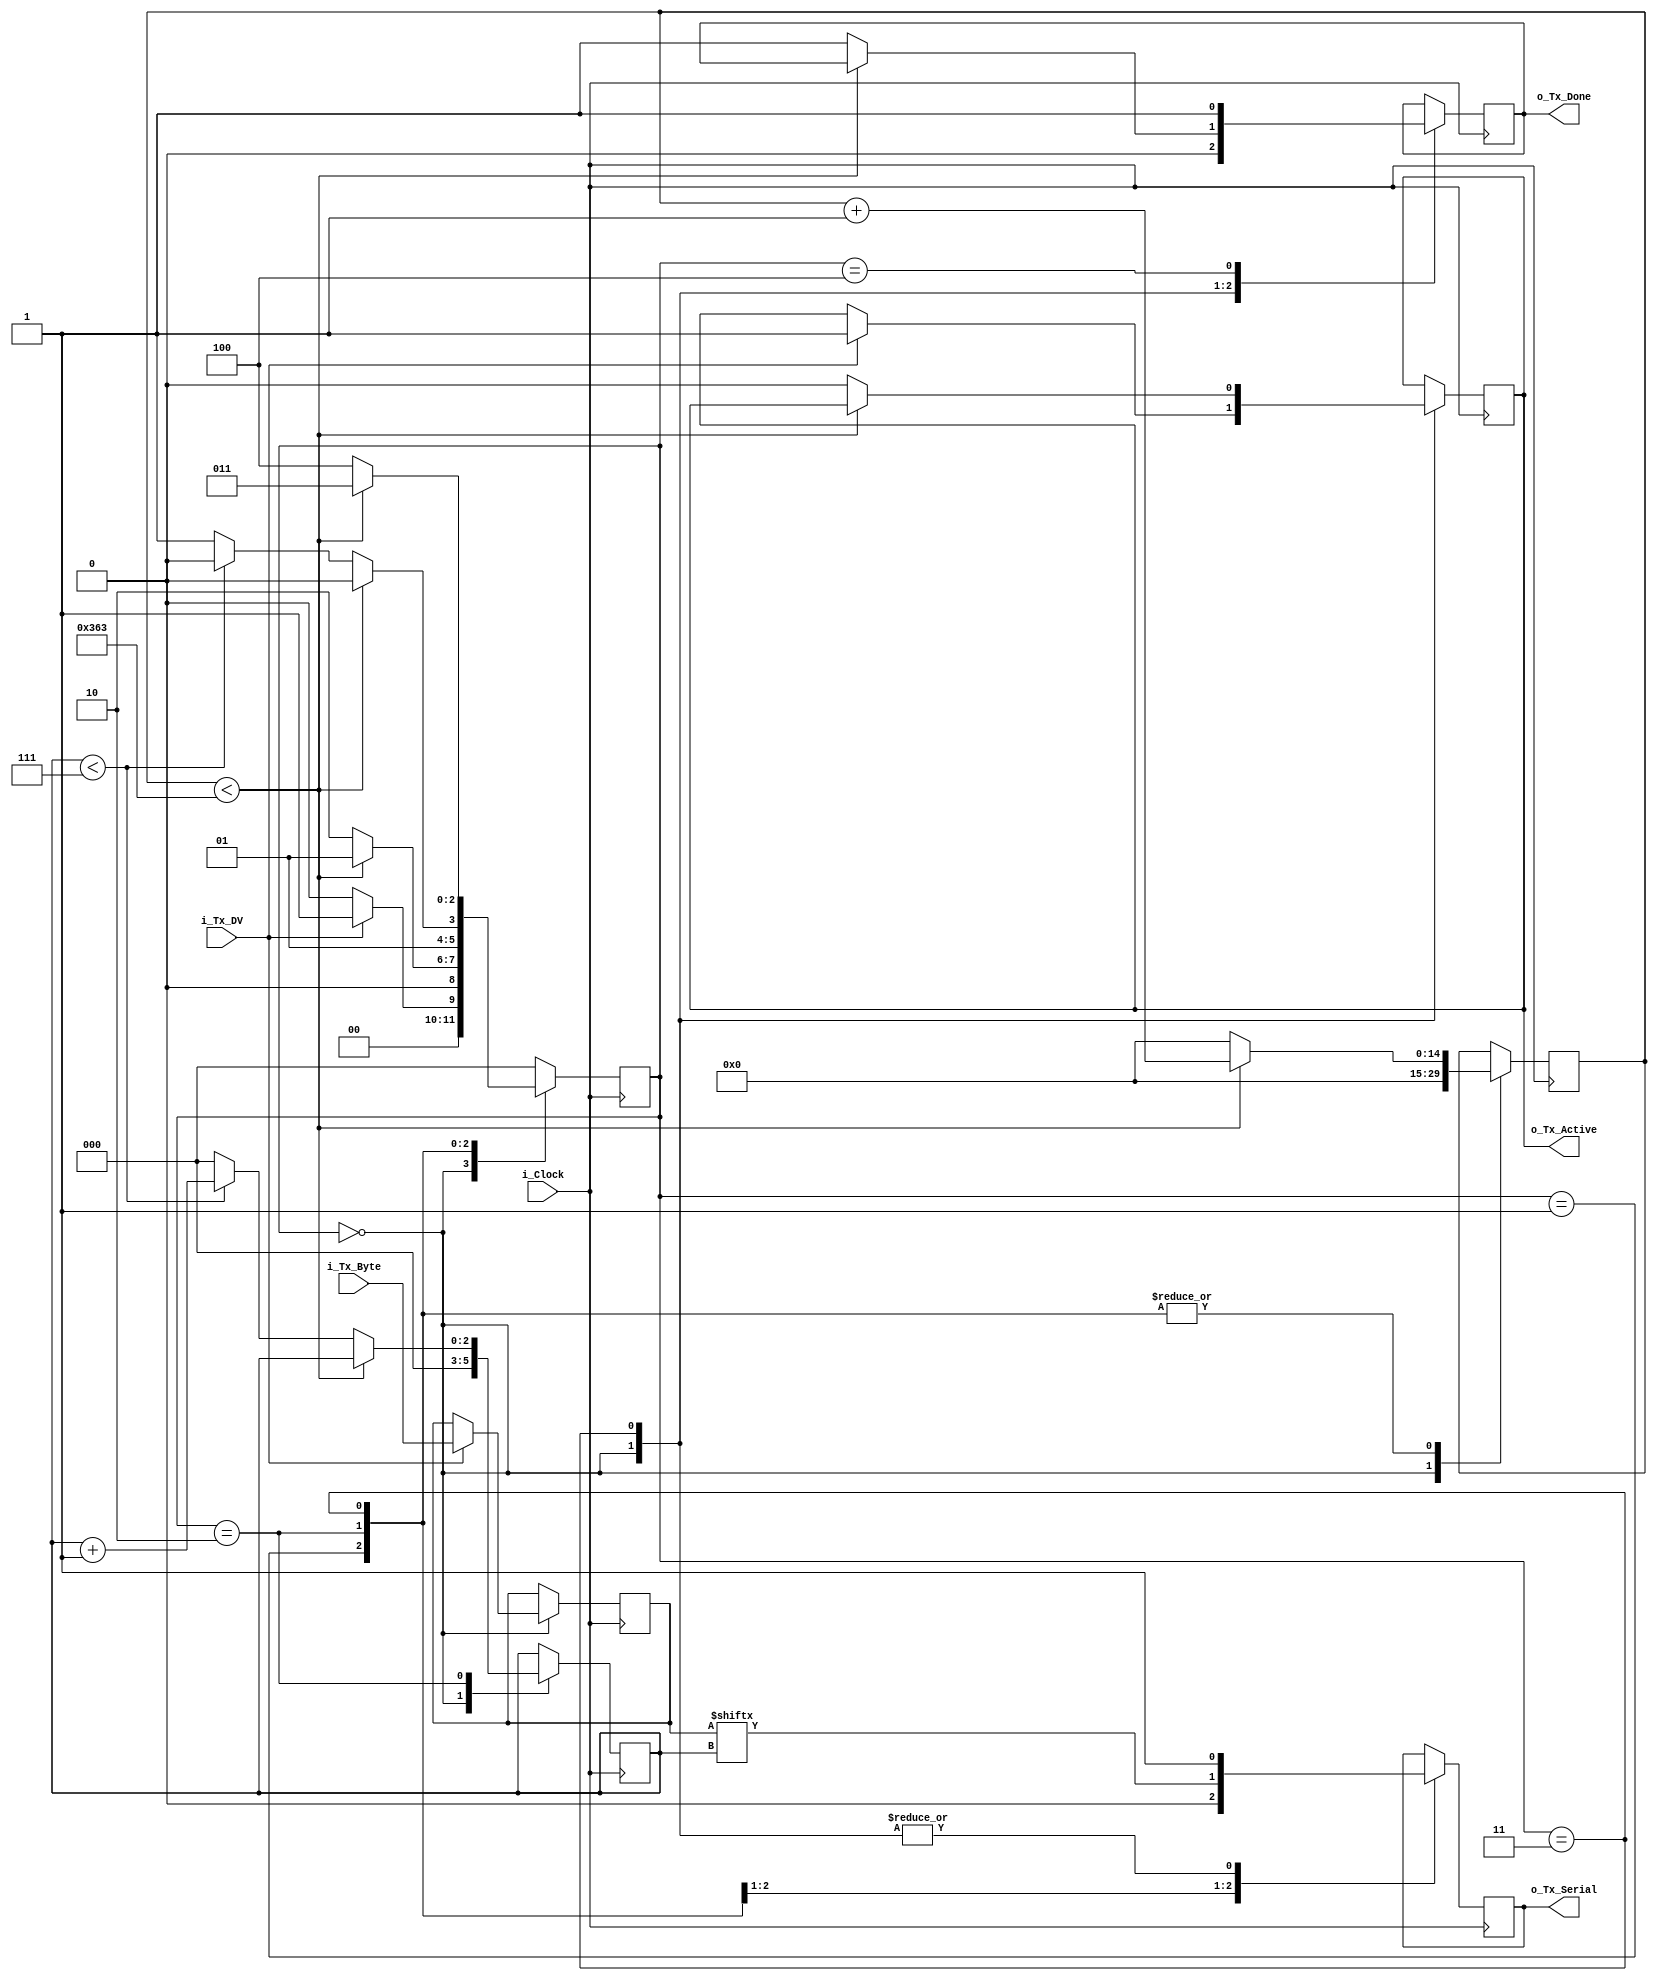
// Set Parameter CLKS_PER_BIT as follows:
// CLKS_PER_BIT = (Frequency of i_Clock)/(Frequency of UART)
// Example: 100 MHz Clock, 115200 baud UART
// (100000000)/(115200) = 868
//>>>>>> 3cf4772 (UART implementation on Vaaman)
  
`define CLKS_PER_BIT 868
module UART_TX
  (
   input       i_Clock,
   input       i_Tx_DV,
   input [7:0] i_Tx_Byte, 
   output      o_Tx_Active,
   output reg  o_Tx_Serial,
   output      o_Tx_Done
   );
  
  parameter s_IDLE         = 3'b000;
  parameter s_TX_START_BIT = 3'b001;
  parameter s_TX_DATA_BITS = 3'b010;
  parameter s_TX_STOP_BIT  = 3'b011;
  parameter s_CLEANUP      = 3'b100;
   
  reg [2:0]    r_SM_Main     = 0;
  reg [14:0]    r_Clock_Count = 0;
  reg [2:0]    r_Bit_Index   = 0;
  reg [7:0]    r_Tx_Data     = 0;
  reg          r_Tx_Done     = 0;
  reg          r_Tx_Active   = 0;
     
  always @(posedge i_Clock)
    begin
       
      case (r_SM_Main)
        s_IDLE :
          begin
            o_Tx_Serial   <= 1'b1;         // Drive Line High for Idle
            r_Tx_Done     <= 1'b0;
            r_Clock_Count <= 0;
            r_Bit_Index   <= 0;
             
            if (i_Tx_DV == 1'b1)
              begin
                r_Tx_Active <= 1'b1;
                r_Tx_Data   <= i_Tx_Byte;
                r_SM_Main   <= s_TX_START_BIT;
              end
            else
              r_SM_Main <= s_IDLE;
          end // case: s_IDLE
         
         
        // Send out Start Bit. Start bit = 0
        s_TX_START_BIT :
          begin
            o_Tx_Serial <= 1'b0;
             
            // Wait CLKS_PER_BIT-1 clock cycles for start bit to finish
            if (r_Clock_Count < `CLKS_PER_BIT-1)
              begin
                r_Clock_Count <= r_Clock_Count + 1;
                r_SM_Main     <= s_TX_START_BIT;
              end
            else
              begin
                r_Clock_Count <= 0;
                r_SM_Main     <= s_TX_DATA_BITS;
              end
          end // case: s_TX_START_BIT
         
         
        // Wait CLKS_PER_BIT-1 clock cycles for data bits to finish         
        s_TX_DATA_BITS :
          begin
            o_Tx_Serial <= r_Tx_Data[r_Bit_Index];
             
            if (r_Clock_Count < `CLKS_PER_BIT-1)
              begin
                r_Clock_Count <= r_Clock_Count + 1;
                r_SM_Main     <= s_TX_DATA_BITS;
              end
            else
              begin
                r_Clock_Count <= 0;
                 
                // Check if we have sent out all bits
                if (r_Bit_Index < 7)
                  begin
                    r_Bit_Index <= r_Bit_Index + 1;
                    r_SM_Main   <= s_TX_DATA_BITS;
                  end
                else
                  begin
                    r_Bit_Index <= 0;
                    r_SM_Main   <= s_TX_STOP_BIT;
                  end
              end
          end // case: s_TX_DATA_BITS
         
         
        // Send out Stop bit.  Stop bit = 1
        s_TX_STOP_BIT :
          begin
            o_Tx_Serial <= 1'b1;
             
            // Wait CLKS_PER_BIT-1 clock cycles for Stop bit to finish
            if (r_Clock_Count < `CLKS_PER_BIT-1)
              begin
                r_Clock_Count <= r_Clock_Count + 1;
                r_SM_Main     <= s_TX_STOP_BIT;
              end
            else
              begin
                r_Tx_Done     <= 1'b1;
                r_Clock_Count <= 0;
                r_SM_Main     <= s_CLEANUP;
                r_Tx_Active   <= 1'b0;
              end
          end // case: s_Tx_STOP_BIT
         
         
        // Stay here 1 clock
        s_CLEANUP :
          begin
            r_Tx_Done <= 1'b1;
            r_SM_Main <= s_IDLE;
          end
         
         
        default :
          r_SM_Main <= s_IDLE;
         
      endcase
    end
 
  assign o_Tx_Active = r_Tx_Active;
  assign o_Tx_Done   = r_Tx_Done;
   
endmodule